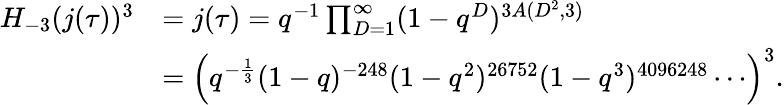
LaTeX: \begin{array}{rl}{H_{-3}(j(\tau))^{3}}&{=j(\tau)=q^{-1}\prod_{D=1}^{\infty}(1-q^{D})^{3A(D^{2},3)}}\\ &{=\left(q^{-\frac{1}{3}}(1-q)^{-248}(1-q^{2})^{26752}(1-q^{3})^{4096248}\cdots\right)^{3}.}\end{array}